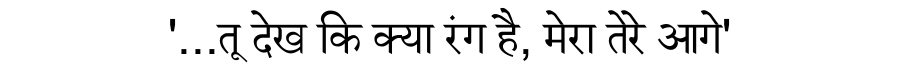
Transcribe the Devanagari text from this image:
'...तू देख कि क्या रंग है, मेरा तेरे आगे'